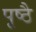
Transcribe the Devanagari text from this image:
पृष्ठै